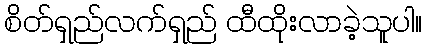
စိတ်ရှည်လက်ရှည် ထီထိုးလာခဲ့သူပါ။